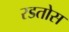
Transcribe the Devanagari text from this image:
रडतोस